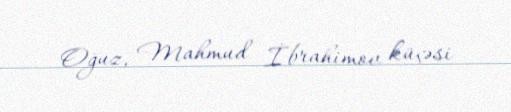
Oğuz, Mahmud İbrahimov küçəsi